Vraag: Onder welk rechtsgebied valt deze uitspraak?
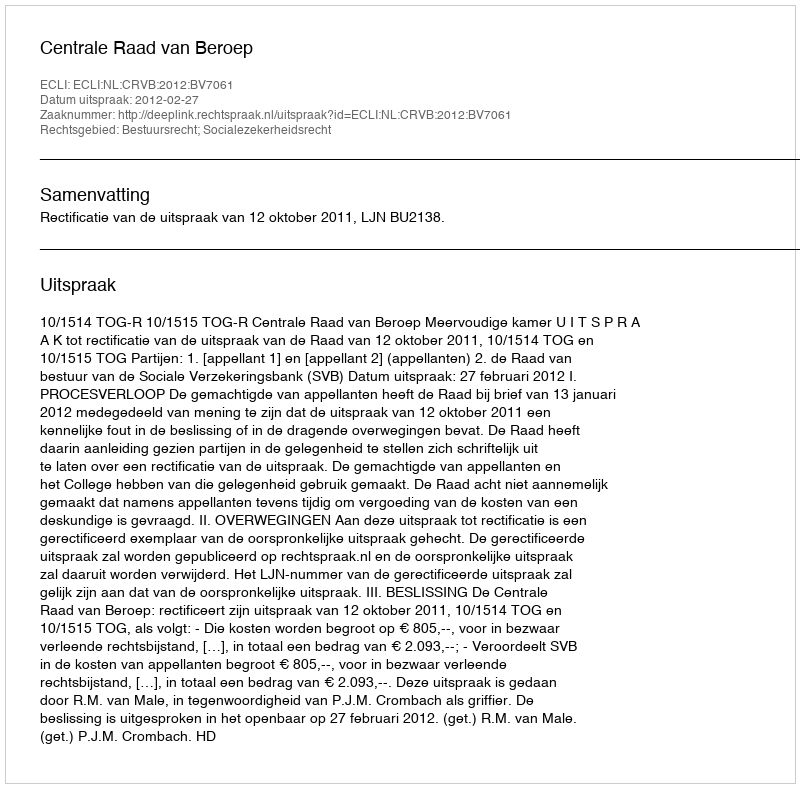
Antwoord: Bestuursrecht; Socialezekerheidsrecht